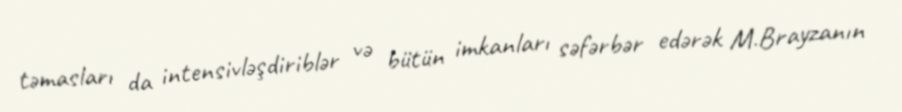
təmasları da intensivləşdiriblər və bütün imkanları səfərbər edərək M.Brayzanın